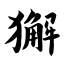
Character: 獬